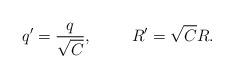
LaTeX: \begin{align*}q'=\frac q{\sqrt{C}}, \hspace{1cm} R'= \sqrt{C}R.\end{align*}